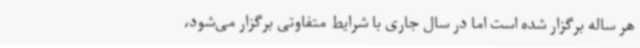
هر ساله برگزار شده است اما در سال جاری با شرایط متفاوتی برگزار می‌شود،